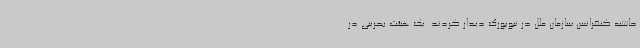
حاشیه کنفرانس سازمان ملل در نیویورک دیدار کردند. یک هیئت بحرینی در